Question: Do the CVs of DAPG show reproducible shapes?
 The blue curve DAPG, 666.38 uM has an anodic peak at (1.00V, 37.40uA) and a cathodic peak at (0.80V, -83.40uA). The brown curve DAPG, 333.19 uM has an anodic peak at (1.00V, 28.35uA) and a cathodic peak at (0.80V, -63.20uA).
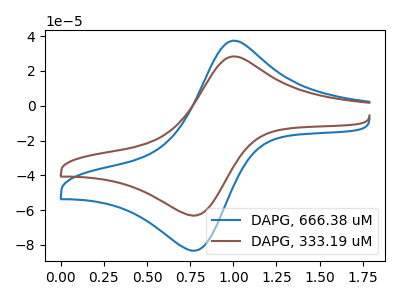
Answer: <think>All the peaks in "DAPG, 666.38 uM" have a peak in "DAPG, 333.19 uM" at the same potential. Every peak in "DAPG, 666.38 uM" is higher than every peak in "DAPG, 333.19 uM".
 </think>
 <answer>All the CV's of "DAPG" have similar shape.</answer>
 <eval>follow_rule</eval>